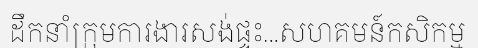
ដឹកនាំក្រុមការងារសង់ផ្ទះ...សហគមន៍កសិកម្ម